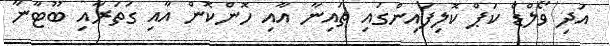
އަދި ވޯލްޑް ކަޕް ކޮލިފައިންގައި ޗައިނާ އާއި ހޮންކޮން އާއި ގަތަރާއި ބޫޓާނާ